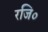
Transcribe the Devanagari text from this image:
रजि०